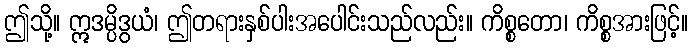
ဤသို့။ ဣဒမ္ပိဒွယံ၊ ဤတရားနှစ်ပါးအပေါင်းသည်လည်း။ ကိစ္စတော၊ ကိစ္စအားဖြင့်။